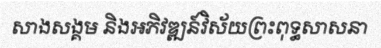
សាងសង្គម និងអភិវឌ្ឍន៍វិស័យព្រះពុទ្ធសាសនា